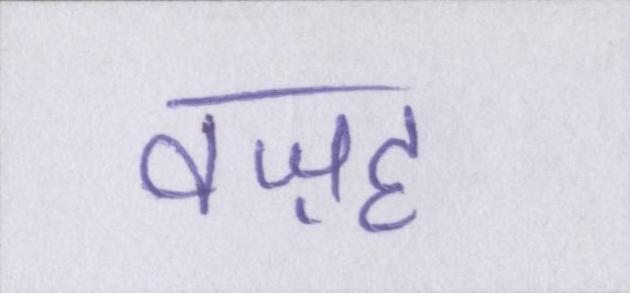
वज़ह